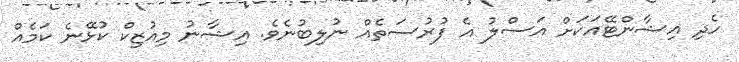
ހެދި އިޝާންޓޭއަކަށް އަސްލު އެ ފުރުސަތެއް ނުލިބުނެވެ. އިޝާނު މިއުޒިކް ކުޅޭނެ ކަމެއް